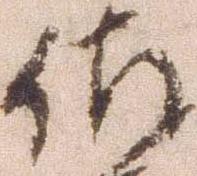
佐